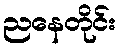
ညနေတိုင်း